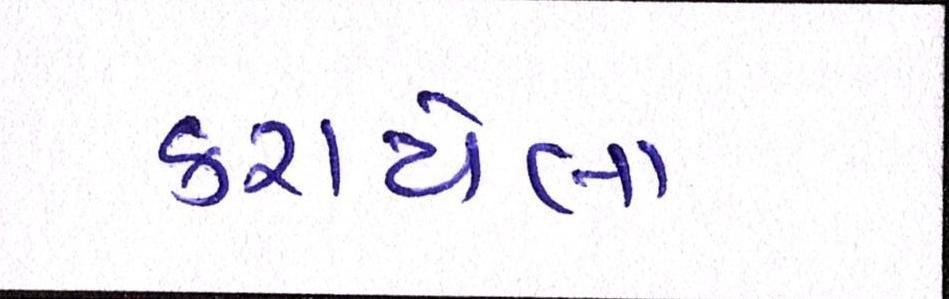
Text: કરાયેલા